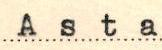
Asta